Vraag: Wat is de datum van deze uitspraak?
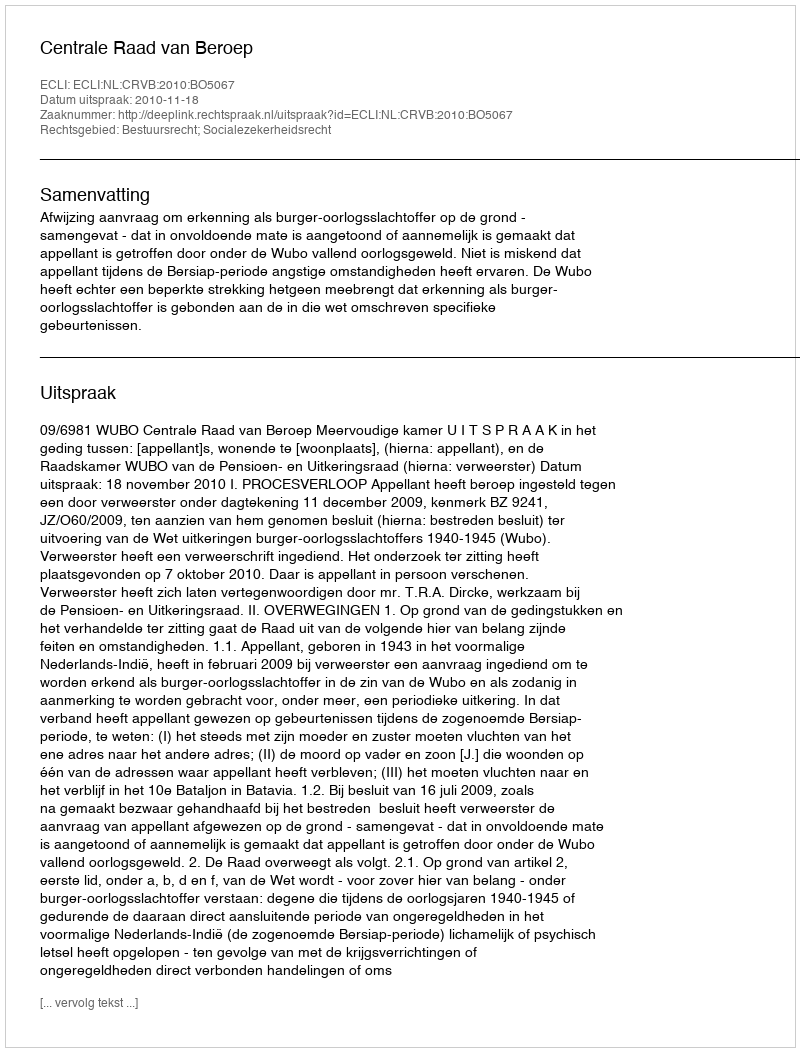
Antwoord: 2010-11-18